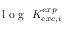
\mathrm { ~ l ~ o ~ g ~ } ~ K _ { e x c , i } ^ { e x p }